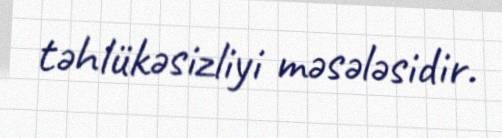
təhlükəsizliyi məsələsidir.